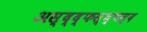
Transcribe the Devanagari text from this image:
अस्द्द्फस्ध्चस्द